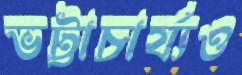
ভট্টাচার্য্যও